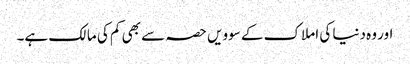
اور وہ دنیا کی املاک کے سوویں حصہ سے بھی کم کی مالک ہے۔